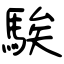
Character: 騃